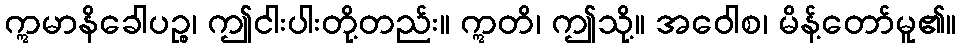
ဣမာနိခေါပဉ္စ၊ ဤငါးပါးတို့တည်း။ ဣတိ၊ ဤသို့။ အဝေါစ၊ မိန့်တော်မူ၏။